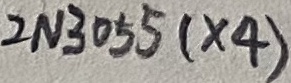
Text: 2N3055 (X4)